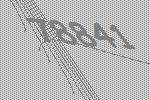
78841